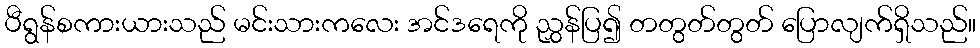
ပီရွန်စကားယားသည် မင်းသားကလေး အင်ဒရေကို ညွှန်ပြ၍ တတွတ်တွတ် ပြောလျက်ရှိသည်။